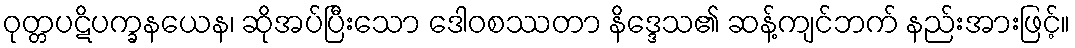
ဝုတ္တပဋိပက္ခနယေန၊ ဆိုအပ်ပြီးသော ဒေါဝစဿတာ နိဒ္ဒေသ၏ ဆန့်ကျင်ဘက် နည်းအားဖြင့်။